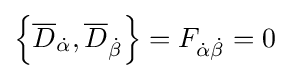
\left\{{\overline {D}}_{\dot {\alpha }},{\overline {D}}_{\dot {\beta }}\right\}=F_{{\dot {\alpha }}{\dot {\beta }}}=0